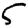
Digit: 5